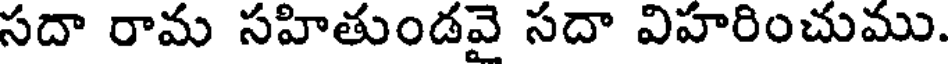
సదా రామ సహితుండవై సదా విహరించుము.